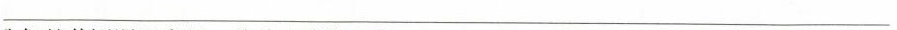
___